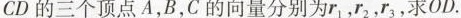
CD的三个顶点A，B，C的向量分别为r_{1}，r_{2}，r_{3}，求 \overrightarrow{OD}.